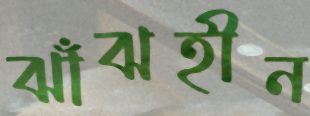
ঝাঁঝহীন